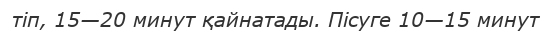
тіп, 15—20 минут қайнатады. Пісуге 10—15 минут